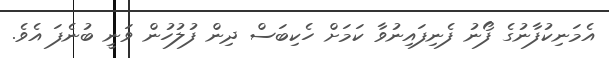
އެމަނިކުފާނުގެ ފޯނު ފެނިފައިނުވާ ކަމަށް ހެކިބަސް ދިން ފުލުހުން ވަނީ ބުނެފަ އެވެ.